Vital statistics of India. Vol. VI, European troops 1870-79
Year: 1870
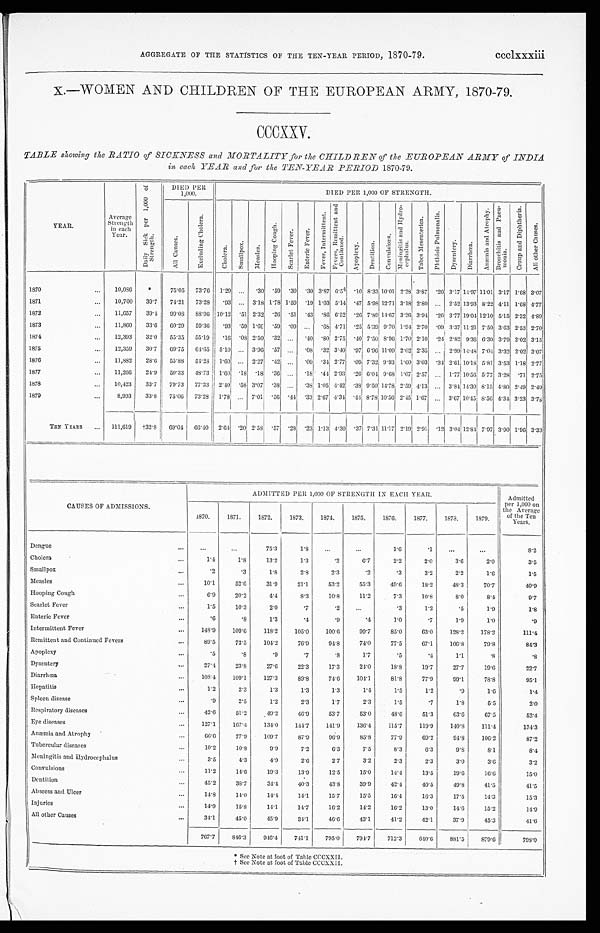
AGGREGATE OF THE STATISTICS OF THE TEN-YEAR PERIOD, 1870-79.
ccclxxxiii
X.—WOMEN AND CHILDREN OF THE EUROPEAN ARMY, 1870-79.
CCCXXV.
TABLE showing the RATIO of SICKNESS and MORTALITY for the CHILDREN of the EUROPEAN ARMY of INDIA
in each YEAR and for the TEN-YEAR PERIOD 1870-79.
YEAR.
Average
Strength
in each
Year.
D a i l y S i c k p e r 1 , 0 0 0 o f
S t r e n g t h .
DIED PER
1,000.
DIED PER 1,000 OF STRENGTH.
A l l C a u s e s .
E x c l u d i n g C h o l e r a .
C h o l e r a .
S m a l l p o x . M e a s l e s .
H o o p i n g C o u g h .
S c a r l e t F e v e r .
E n t e r i c F e v e r .
F e v e r , I n t e r m i t t e n t . F e v e r s , R e m i t t e n t a n d
C o n t i n u e d .
A p o p l e x y .
D e n t i t i o n .
C o n v u l s i o n s .
M e n i n g i t i s a n d H y d r o -
c e p h a l u s .
T a b e s M e s e n t e r i c a . P h t h i s i s P u l m o n a l i s .
D y s e n t e r y .
D i a r r h œ a .
A n æ m i a a n d A t r o p h y . B r o n c h i t i s a n d P n e u -
mo n i a .
C r o u p a n d D i p h t h e r i a .
A l l o t h e r C a u s e s .
1870
... 10,086 *
75.05 73.76 1.29 ...
. 30 . 59 . 30 . 3 0 3.87 6.54 .10 8.33 10.01 2.28 3 . 8 7
.20 3.17 14.97 11.01 3.17 1.68 3.07
1871
... 10,700 39.7 74.21 73.28 .93 ... 3.18 1.78 1.59 . 1 9 1.03 5.14 .47 5.98 12.71 3.18 2.80 . . .
2 . 5 2 13.93 8.22 4.11 1.68 4.77
1872
... 11,657 39.4 99.08 88.96 10.12
. 5 1 2.32 . 26 . 5 1 . 4 3 .86 6.52 .26 7.89 14.67 3.26 3.94 . 26 3.77 19.04 12.10 5.15 2.32 4.89
1873
. . . 11,860 33.6 60.29 59.36 .93
. 5 9 1.69 . 59 . 09 ...
. 6 8 4.71 .25 5.39 9.70 1.94 2.70 .09 3.37 11.21 7.50 3.63 2.53 2.70
1874
... 12,393 32.0 55.35 55.19 .16
. 0 8 2.50 . 3 2 ...
. 4 0 .80 2.75 .40 7.50 8.96 1.70 2.10 .24 2.82 9.36 6.30 3.79 2.02 3.15
1875
. . . 12,359 30.7 69.75 64.65 5.10 ... 3.96 . 5 7 ...
. 0 8 .32 3.40 .97 6.96 11.09 2.02 2.35 ... 2.99 14.48 7.04 3.32 2.02 3.07
1876
... 11,882 28.6 55.88 54.28 1.60 ... 2.27 . 4 2 ...
. 0 9 .34 2.77 .09 7.32 9.93 1.60 3.03 .34 2.61 10.18 5.81 3.53 1.18 2.77
1877
... 11,266 24.9 50.33 48.73 1.60
. 1 8 . 1 8 . 3 6 ...
. 1 8.44 2.93 .26 6.04 9.68 1.07 2.57 ... 1.77 10.56 5.77 3.28 . 71 2.75
1878
... 10,423 33.7 79.73 77.33 2.40
. 5 8 3. 07 . 3 8 ...
. 3 8 1.05 4.42 .38 9.50 14.78 2.59 4.13 ...
3 . 8 4 14.30 8.15 4.80 2.49 2.49
1879
...
8,993 33.8 75.06 73.28 1.78 ... 7.01 . 56 . 44 . 3 3 2.67 4.34 .44 8.78 10.56 2.45 1.67 ... 3.67 10.45 8.56 4.34 3.23 3.78
TEN YEARS ... 111,619 †32.869.04 66.40 2.6 4
. 2 0 2.58 . 5 7.28 . 2 3 1.13 4.30 .37 7.31 11.17 2.19 2.91 .12 3.04 12.84 7.97 3.90 1.96 3.33
CAUSES OF ADMISSIONS.
ADMITTED PER 1,000 OF STRENGTH IN EACH YEAR.
Admitted
per 1,000 on
the Average
of the Ten
Years.
1870.
1871.
1872.
1873.
1874.
1875.
1876.
1877.
1 8 7 8 .
1879.
Dengue
...
...
. . .
75.3
1.8
...
...
1.6
.1
. . . ...
8. 2
Cholera
...
1 . 4
1.8
13.2
1.3
.2
6.7
2.2
2 . 0
3.6
2.0
3.5
Small pox
...
.2
.3
1.8
2.8
2.3
.2
.3
3 . 2
2 . 2
1.6
1 . 5
Measles
...
10.1
52.6
31.9
21.1
53.2
55.3
49.6
18.2
48.3
70.7
40. 9
Hoopi ng Cough
. . .
6.9
20.2
4.4
8.3
10.8
11.2
7.3
10.8
8.0
8.4
9.7
Scarlet Fever
...
1 . 5
10.3
2.0
.7
.2
...
.3
1.2
.5
1.9
1. 8
Enteric Fever
...
. 6
.8
1.3
.4
.9
.4
1.0
.7
1.9
1.0
.9
Intermittent Fever
...
148.9
109.6
118.2 105.0
100.6
99.7
85.0
63.0
128. 2
178.2
111. 4
Remittent and Continued Fevers
. . .
8 9 . 5
72.5
104.2
76.9
94.8
74.0
77.5
67.1
106. 8
79.8
84. 3
Apoplexy
. . .
.5
.8
.9
.7
. 8
1.7
.5
.4
1.1
. 8
.8
Dysentery
...
27.4
23.8
27.6
22.3
17.3
24.0
18.8
19.7
27.7
19.6
22.7
Diarrhœa
...
1 0 8 . 4 109.1
127.3
89.8
74.6 104.1
81.8
77.9
99.1
78.8
95.1
Hepatitis
. . .
1.2
2.3
1.3
1.3
1.3
1.4
1.5
1.2
.9
1.6
1 . 4
Spleen disease
...
. 9
2.5
1.2
2.3
1.7
2.3
1.5
.7
1 . 8
5.5
2. 0
Respiratory diseases
. . .
4 2 . 6 51.2
49.2
46.9
53.7
53.0
48.6
51.3
63. 6
67.5
52. 4
Eye diseases
...
1 2 7 . 1 167.4
134.0 144.7
141.9
136.4
115.7
119.9
140. 8
111.4
134. 3
Anæmia and Atrophy
...
6 6 . 6 77.9
109.7
87.9
96.9
85.8
77.9
69.2
94. 8
106.2
87.2
Tubercular diseases
...
1 0 . 2
10.8
9.9
7.2
6.3
7.5
8.3
6.3
9.8
8.1
8.4
Meningitis and Hydrocephalus
. . .
3 . 5
4.3
4.9
2.6
2.7
3.2
2.3
2. 3
3 . 0
3.6
3 . 2
Convulsions
. . .
11.2
14.6
19.3
13.9
12.5
15.0
14.4
13.5
19. 6
16.6
15. 0
Dentition
...
45.2
38.7
34.4
40.3
43.8
39.9
42.4
40.5
49. 8
41.5
41.5
Abscess and Ulcer
. . .
14.8
14.0
14.4
14.1
15.7
15.5
16.4
16.3
17. 5
14.3
15. 3
Injuries
...
1 4 . 9
15.8
14.1
14.7
16.2
14.2
16.2
13.0
14.6
15.2
14.9
All other Causes
...
3 4 . 1
45.0
45.9
34.1
46.6
43.1
41.2
42.1
37.9
45.3
41.6
767.7
846.3
946.4
741.1
795.0 794.7
712.3
640.6
881.5
879.6
798. 0
* See Note at foot of Table CCCXXII.
† See Note at foot of Table CCCXXII.